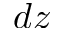
d z